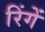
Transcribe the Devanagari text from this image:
रिंगें